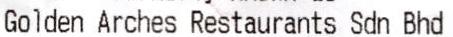
GOLDEN ARCHES RESTAURANTS SDN BHD